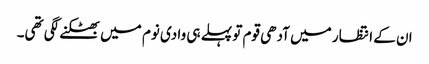
ان کے انتظار میں آدھی قوم تو پہلے ہی وادی نوم میں بھٹکنے لگی تھی۔